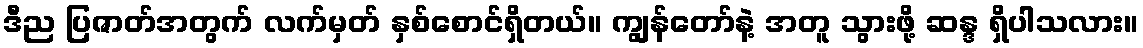
ဒီည ပြဇာတ်အတွက် လက်မှတ် နှစ်စောင်ရှိတယ်။ ကျွန်တော်နဲ့ အတူ သွားဖို့ ဆန္ဒ ရှိပါသလား။